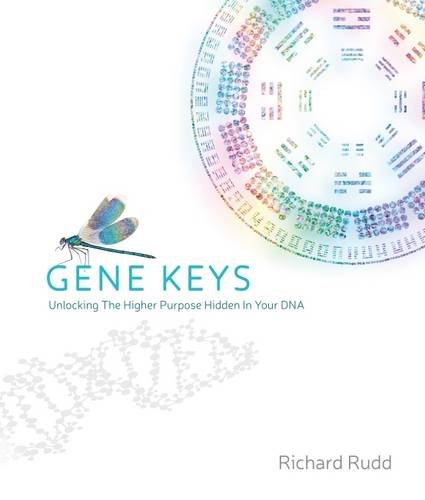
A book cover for Gene Keys: Unlocking the Higher Purpose Hidden in Your DNA; Richard Rudd; Self-Help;